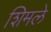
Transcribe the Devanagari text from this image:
शिमले